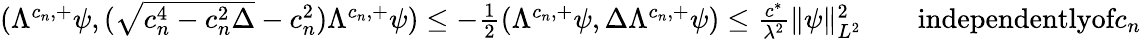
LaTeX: \begin{array}{r}{(\Lambda^{c_{n},+}\psi,(\sqrt{c_{n}^{4}-c_{n}^{2}\Delta}-c_{n}^{2})\Lambda^{c_{n},+}\psi)\leq-\frac{1}{2}(\Lambda^{c_{n},+}\psi,\Delta\Lambda^{c_{n},+}\psi)\leq\frac{c^{*}}{\lambda^{2}}\| \psi\| _{L^{2}}^{2}\qquad\textrm{independentlyof}c_{n}}\end{array}